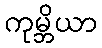
ကုမ္ဘိယာ